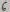
Text: 6